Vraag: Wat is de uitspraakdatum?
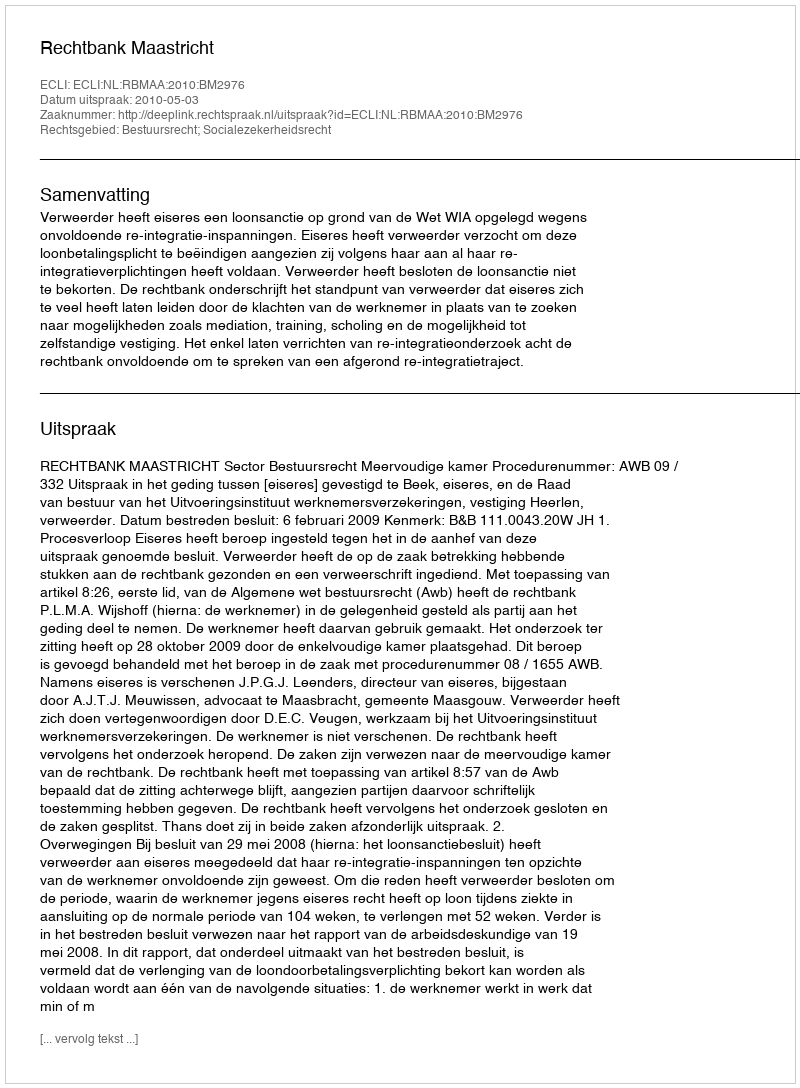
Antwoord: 2010-05-03